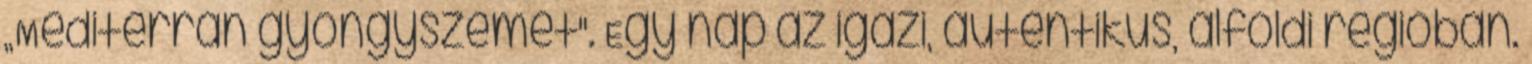
„Mediterrán gyöngyszemet". Egy nap az igazi, autentikus, alföldi régióban.